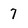
Character: 7